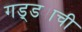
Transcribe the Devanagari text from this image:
गड्ड्याची